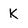
Character: K